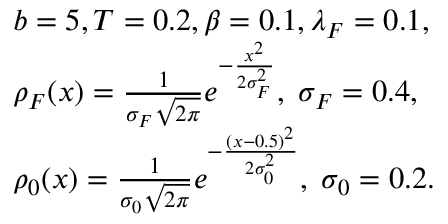
\begin{array} { r l } & { b = 5 , T = 0 . 2 , \beta = 0 . 1 , \lambda _ { F } = 0 . 1 , } \\ & { \rho _ { F } ( x ) = \frac { 1 } { \sigma _ { F } \sqrt { 2 \pi } } e ^ { - \frac { x ^ { 2 } } { 2 \sigma _ { F } ^ { 2 } } } , \; \sigma _ { F } = 0 . 4 , } \\ & { \rho _ { 0 } ( x ) = \frac { 1 } { \sigma _ { 0 } \sqrt { 2 \pi } } e ^ { - \frac { \left( x - 0 . 5 \right) ^ { 2 } } { 2 \sigma _ { 0 } ^ { 2 } } } , \; \sigma _ { 0 } = 0 . 2 . } \end{array}